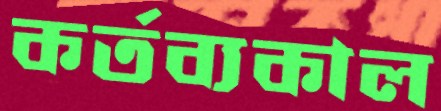
কর্তব্যকাল